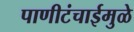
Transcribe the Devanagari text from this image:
पाणीटंचाईमुळे